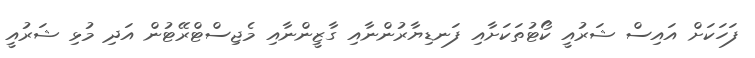
ފަހަކަށް އައިސް ޝަރުއީ ކޯޓުތަކަށާއި ފަނޑިޔާރުންނާއި ގާޒީންނާއި މެޖިސްޓްރޭޓުން އަދި މުޅި ޝަރުއީ